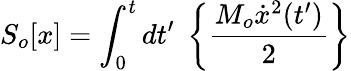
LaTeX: S_{o}[x]=\int_{0}^{t}{dt^{\prime}}\; \left\{ \frac{M_{o}\dot{x}^{2}(t^{\prime})}{2}\right\}